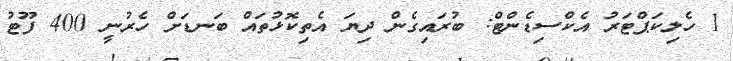
1 ހެލިކަޕްޓަރު އެކްސިޑެންޓް: ބުރައިގެން ދިޔަ އެތިކޮޅުތައް ބަނޑަށް ހެރުނީ 400 ފޫޓު